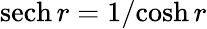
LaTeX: \operatorname{sech}r={1}/{\cosh{r}}